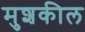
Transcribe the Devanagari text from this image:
मुशकील